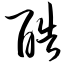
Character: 酷